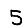
Digit: 5